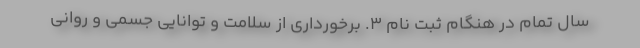
سال تمام در هنگام ثبت نام ۳. برخورداری از سلامت و توانایی جسمی و روانی